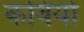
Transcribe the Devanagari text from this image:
कविर्यो